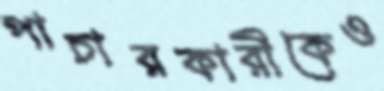
পাচারকারীকেও